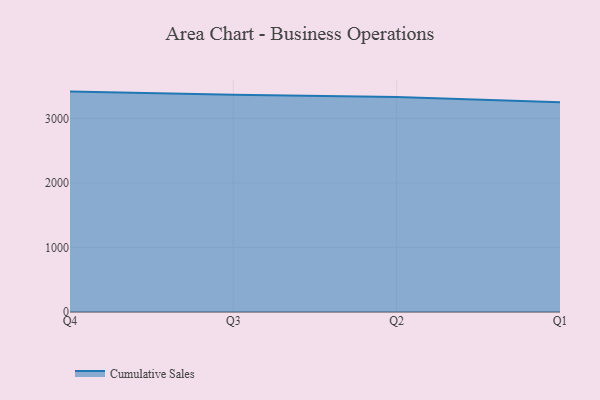
{"axis": {"x": "Quarter", "y": "Headcount"}, "legend": ["Cumulative Sales"], "data": [{"x": "Q4", "y": 3416.0, "type": "Cumulative Sales"}, {"x": "Q3", "y": 3366.2, "type": "Cumulative Sales"}, {"x": "Q2", "y": 3333.0, "type": "Cumulative Sales"}, {"x": "Q1", "y": 3250.8, "type": "Cumulative Sales"}]}